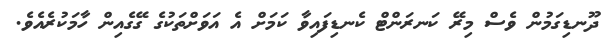
ދޫނޑިގަމުން ވެސް މިރޭ ކަނރަންޓް ކެނޑިފައިވާ ކަމަށް އެ އަވަށްތަކުގެ ގޭގެއިން ހާމަކުރެއެވެ.